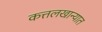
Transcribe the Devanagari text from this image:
कत्तलखान्यात